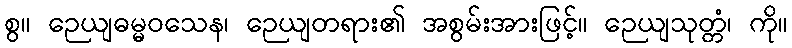
စွ။ ဉေယျဓမ္မဝသေန၊ ဉေယျတရား၏ အစွမ်းအားဖြင့်။ ဉေယျသုတ္တံ၊ ကို။